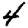
Digit: 4